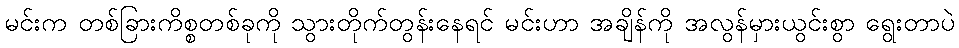
မင်းက တစ်ခြားကိစ္စတစ်ခုကို သွားတိုက်တွန်းနေရင် မင်းဟာ အချိန်ကို အလွန်မှားယွင်းစွာ ရွေးတာပဲ